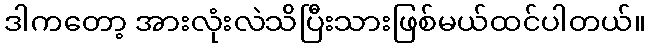
ဒါကတော့ အားလုံးလဲသိပြီးသားဖြစ်မယ်ထင်ပါတယ်။